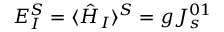
E _ { I } ^ { S } = \langle \hat { H } _ { I } \rangle ^ { S } = g J _ { s } ^ { 0 1 }